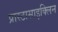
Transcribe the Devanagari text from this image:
प्रास्टासाइक्लिन